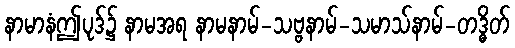
နာမာနံဤပုဒ်၌ နာမအရ နာမနာမ်-သဗ္ဗနာမ်-သမာသ်နာမ်-တဒ္ဓိတ်